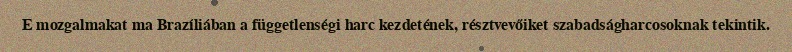
E mozgalmakat ma Brazíliában a függetlenségi harc kezdetének, résztvevőiket szabadságharcosoknak tekintik.